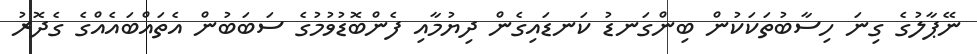
ނޭޕާލުގެ ގިނަ ހިސާބުތަކަކުން ބިންގަނޑު ކަނޑައިގެން ދިޔުމާއި ފެންބޮޑުވުމުގެ ސަބަބުން އެތައްބައެއްގެ ގެދޮރު